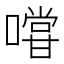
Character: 𭋌